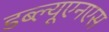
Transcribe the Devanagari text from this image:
डब्ल्यूएनएस